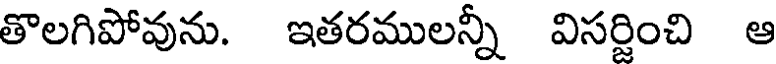
తొలగిపోవును. ఇతరములన్నీ విసర్జించి ఆ